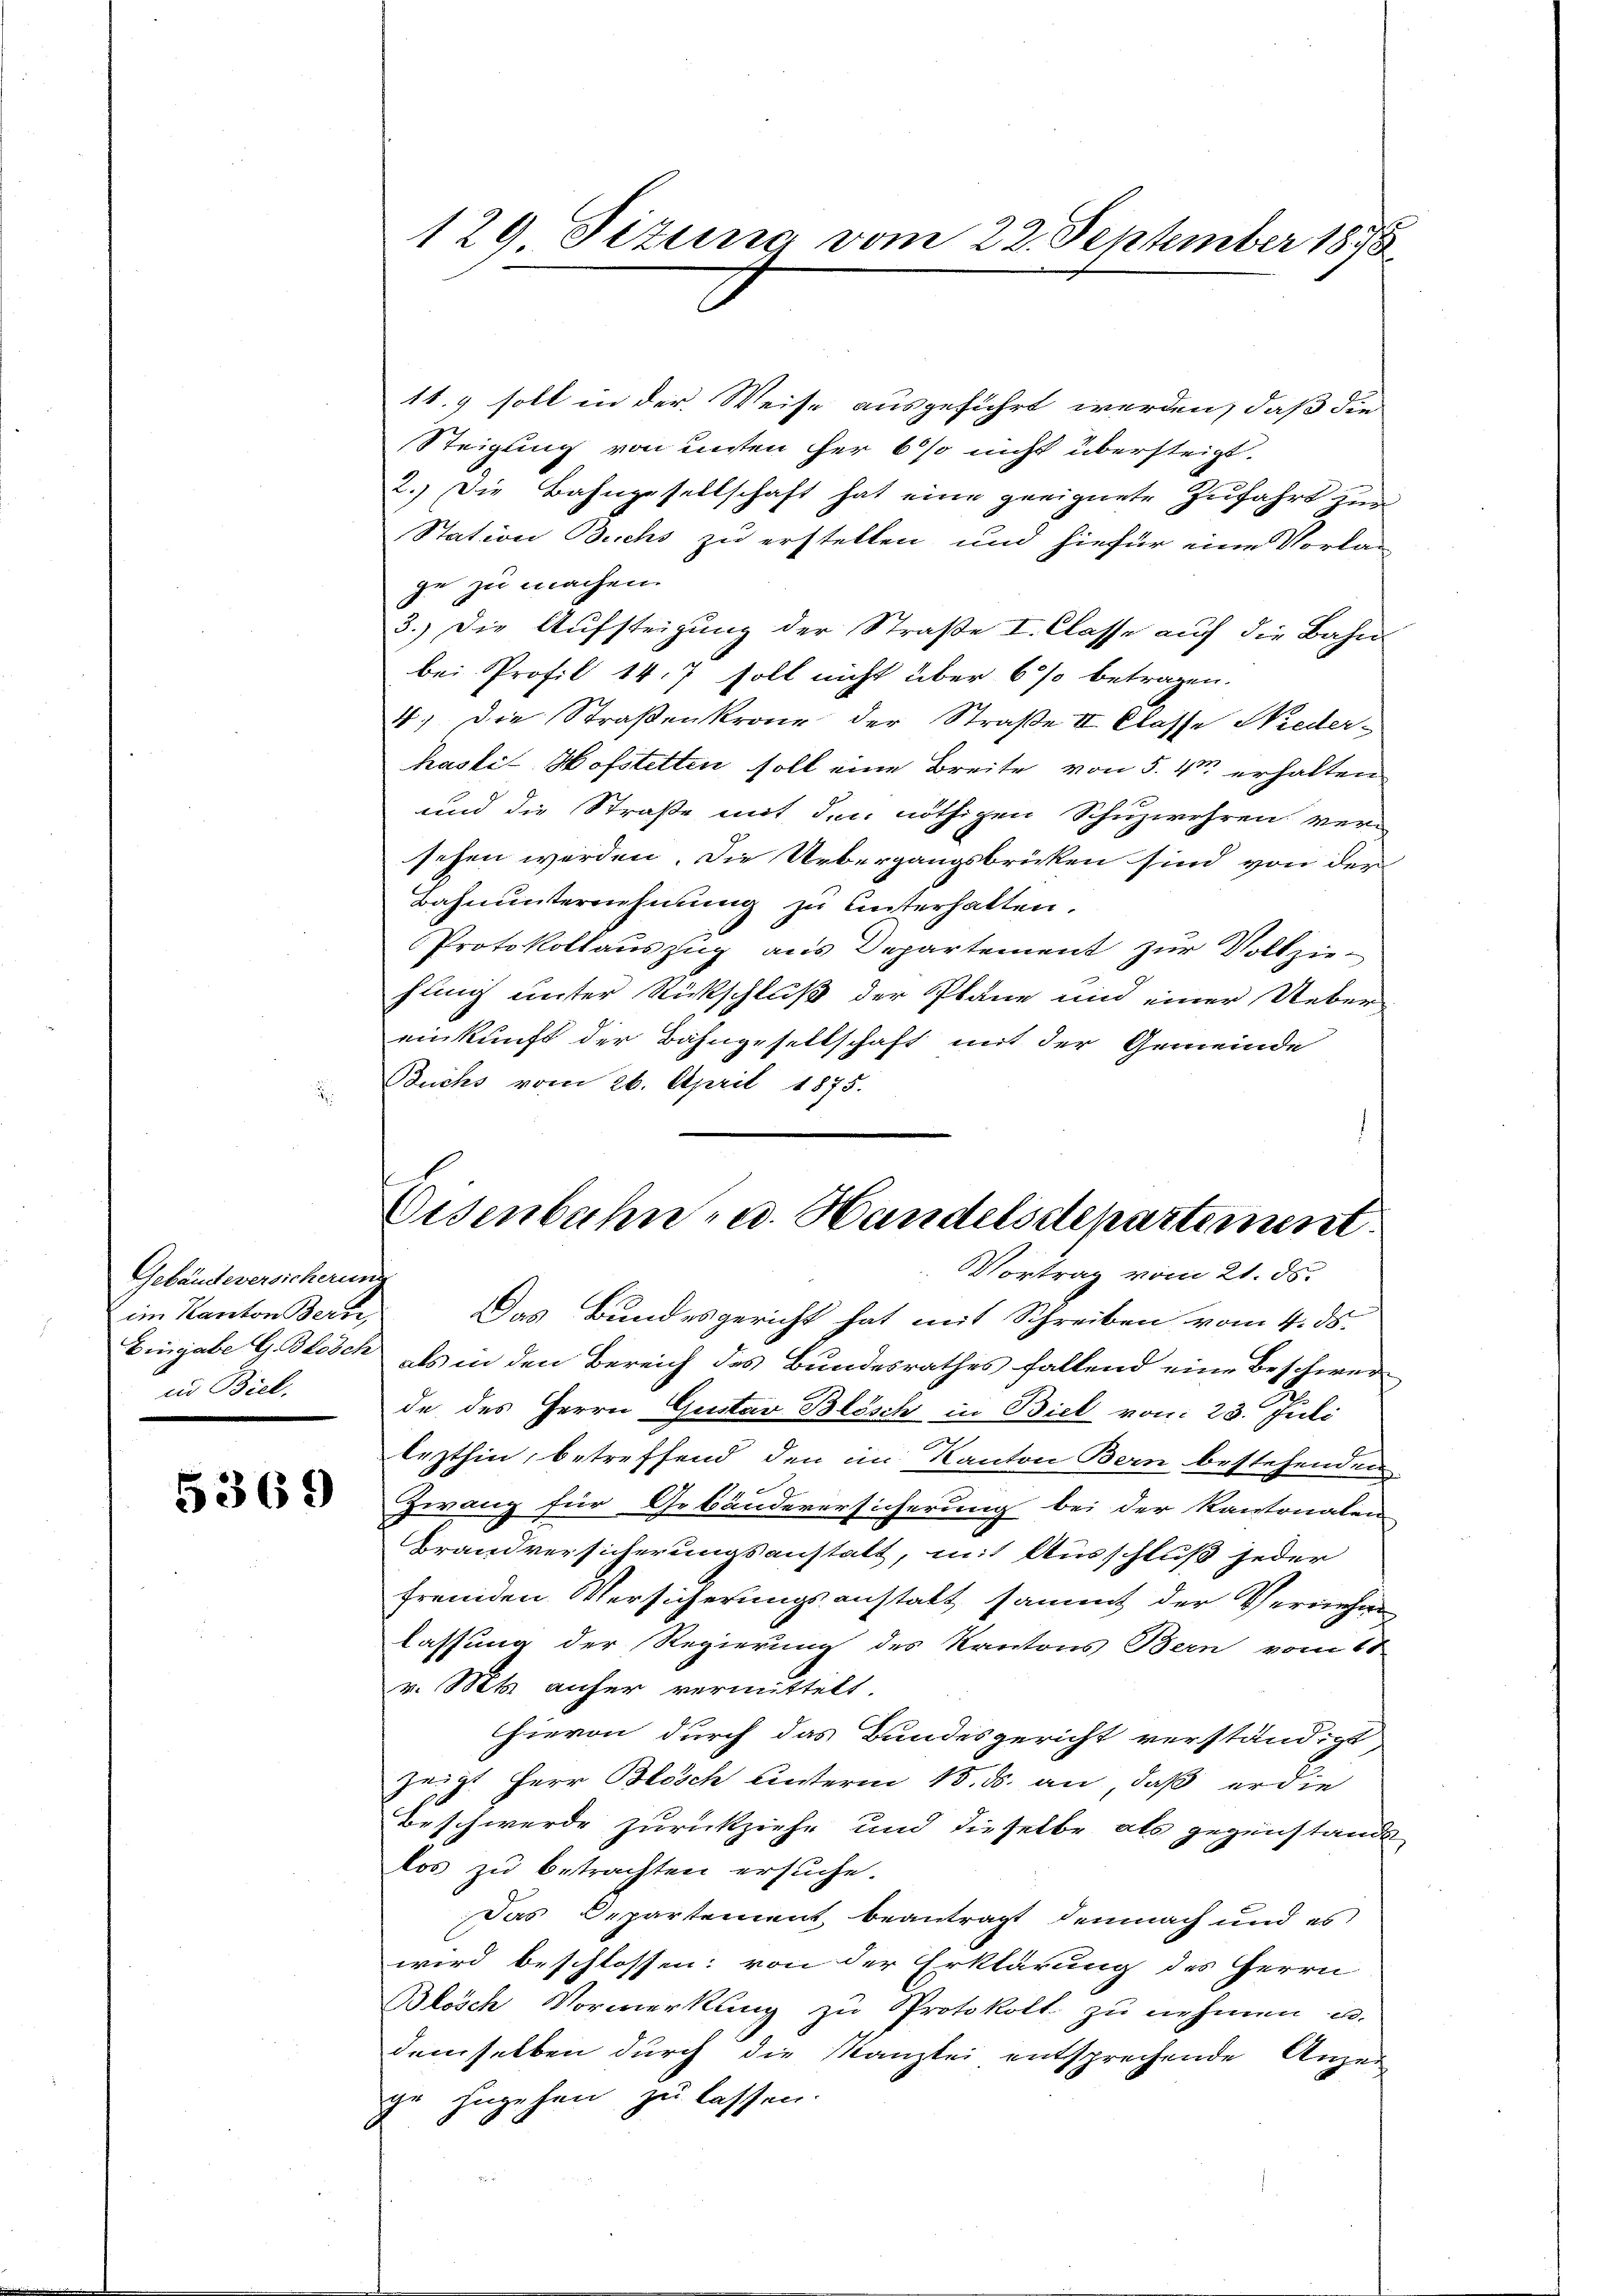
Gebäudeversicherung
im Kanton Berne
in Biel.

5369

1t. 9 soll in der Weise ausgeführt werden, daß die
Steigung von unten her 6 % nicht übersteigt.
2.) Die Bahngesellschaft hat eine geeignete Zufahrt zur
Station Buchs zu erstellen und hiefür eine Vorlaje zu machen.
3.) Die Aufsteigung der Straße I. Classe auch die Bahn-
bei Profil 14. 7 soll nicht über 6 % betragen.
4.) Die Straßenkrone der Straße II Klasse Niederhasli Hofstetten soll eine Breite von 5. 4 erhalten
und die Straße mit den nöthigen Schuzwehren ver-
sehen werden. Die Uebergangsbrücken sind von der
Bahnunternehmung zu unterhalten.
Protokollauszug aus Departement zur Vollziefung unter Rückschluß der Pläne und einer Uebereinkunft der Bahngesellschaft mit der Gemeinde
Buchs vom 26. April 1875.

129 Sizung vom 22. September 1878

Eisenbahn- u. Handelsstepartement.
Vortrag vom 21. ds.

Das Bundesgericht hat mit Schreiben vom 4. ds.
Eingabe G. Blösch, als in den Bereich des Bundesrathes fallend eine Beschwerde des Herrn Gustav Blösch in Biel vom 23. Juli
lezthin, betreffend den im Kanton Bern bestehenden
Zwang für Gebäudeversicherung bei der Kantonalen
Brandversicherungsanstalt, mit Ausschluß jeder
fremden Versicherungsanstalt sammt der Vernehm
lassung der Regierung des Kantons Bern vom 11
v. Mts. anher vermittelt.
hievon durch das Bundesgericht verständigt
zeigt Herr Blösch unterm 15. ds. an, daß er die
Beschwerde zurückziehe und dieselbe als gegenstande
los zu betrachten ersuche.
Das Departement beantragt demnach und es
wird beschlossen: von der Erklärung des Herrn
Blösch Vormerkung zŭ Protokoll zu nehmen u.
demselben durch die Kanzlei entsprechende Anzeige zugehen zu lassen.